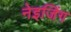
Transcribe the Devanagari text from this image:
नेइजिंग